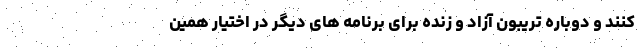
کنند و دوباره تریبون آزاد و زنده برای برنامه های دیگر در اختیار همین